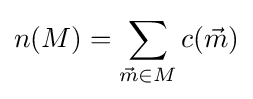
n(M)=\sum _{{\vec {m}}\in M}c({\vec {m}})